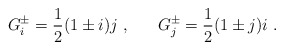
\begin{align*}G^\pm_i = \frac{1}{2}(1 \pm i)j ~, ~~~~~ G^\pm_j = \frac{1}{2}(1 \pm j)i ~.\end{align*}